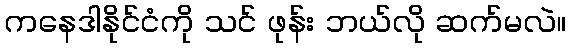
ကနေဒါနိုင်ငံကို သင် ဖုန်း ဘယ်လို ဆက်မလဲ။